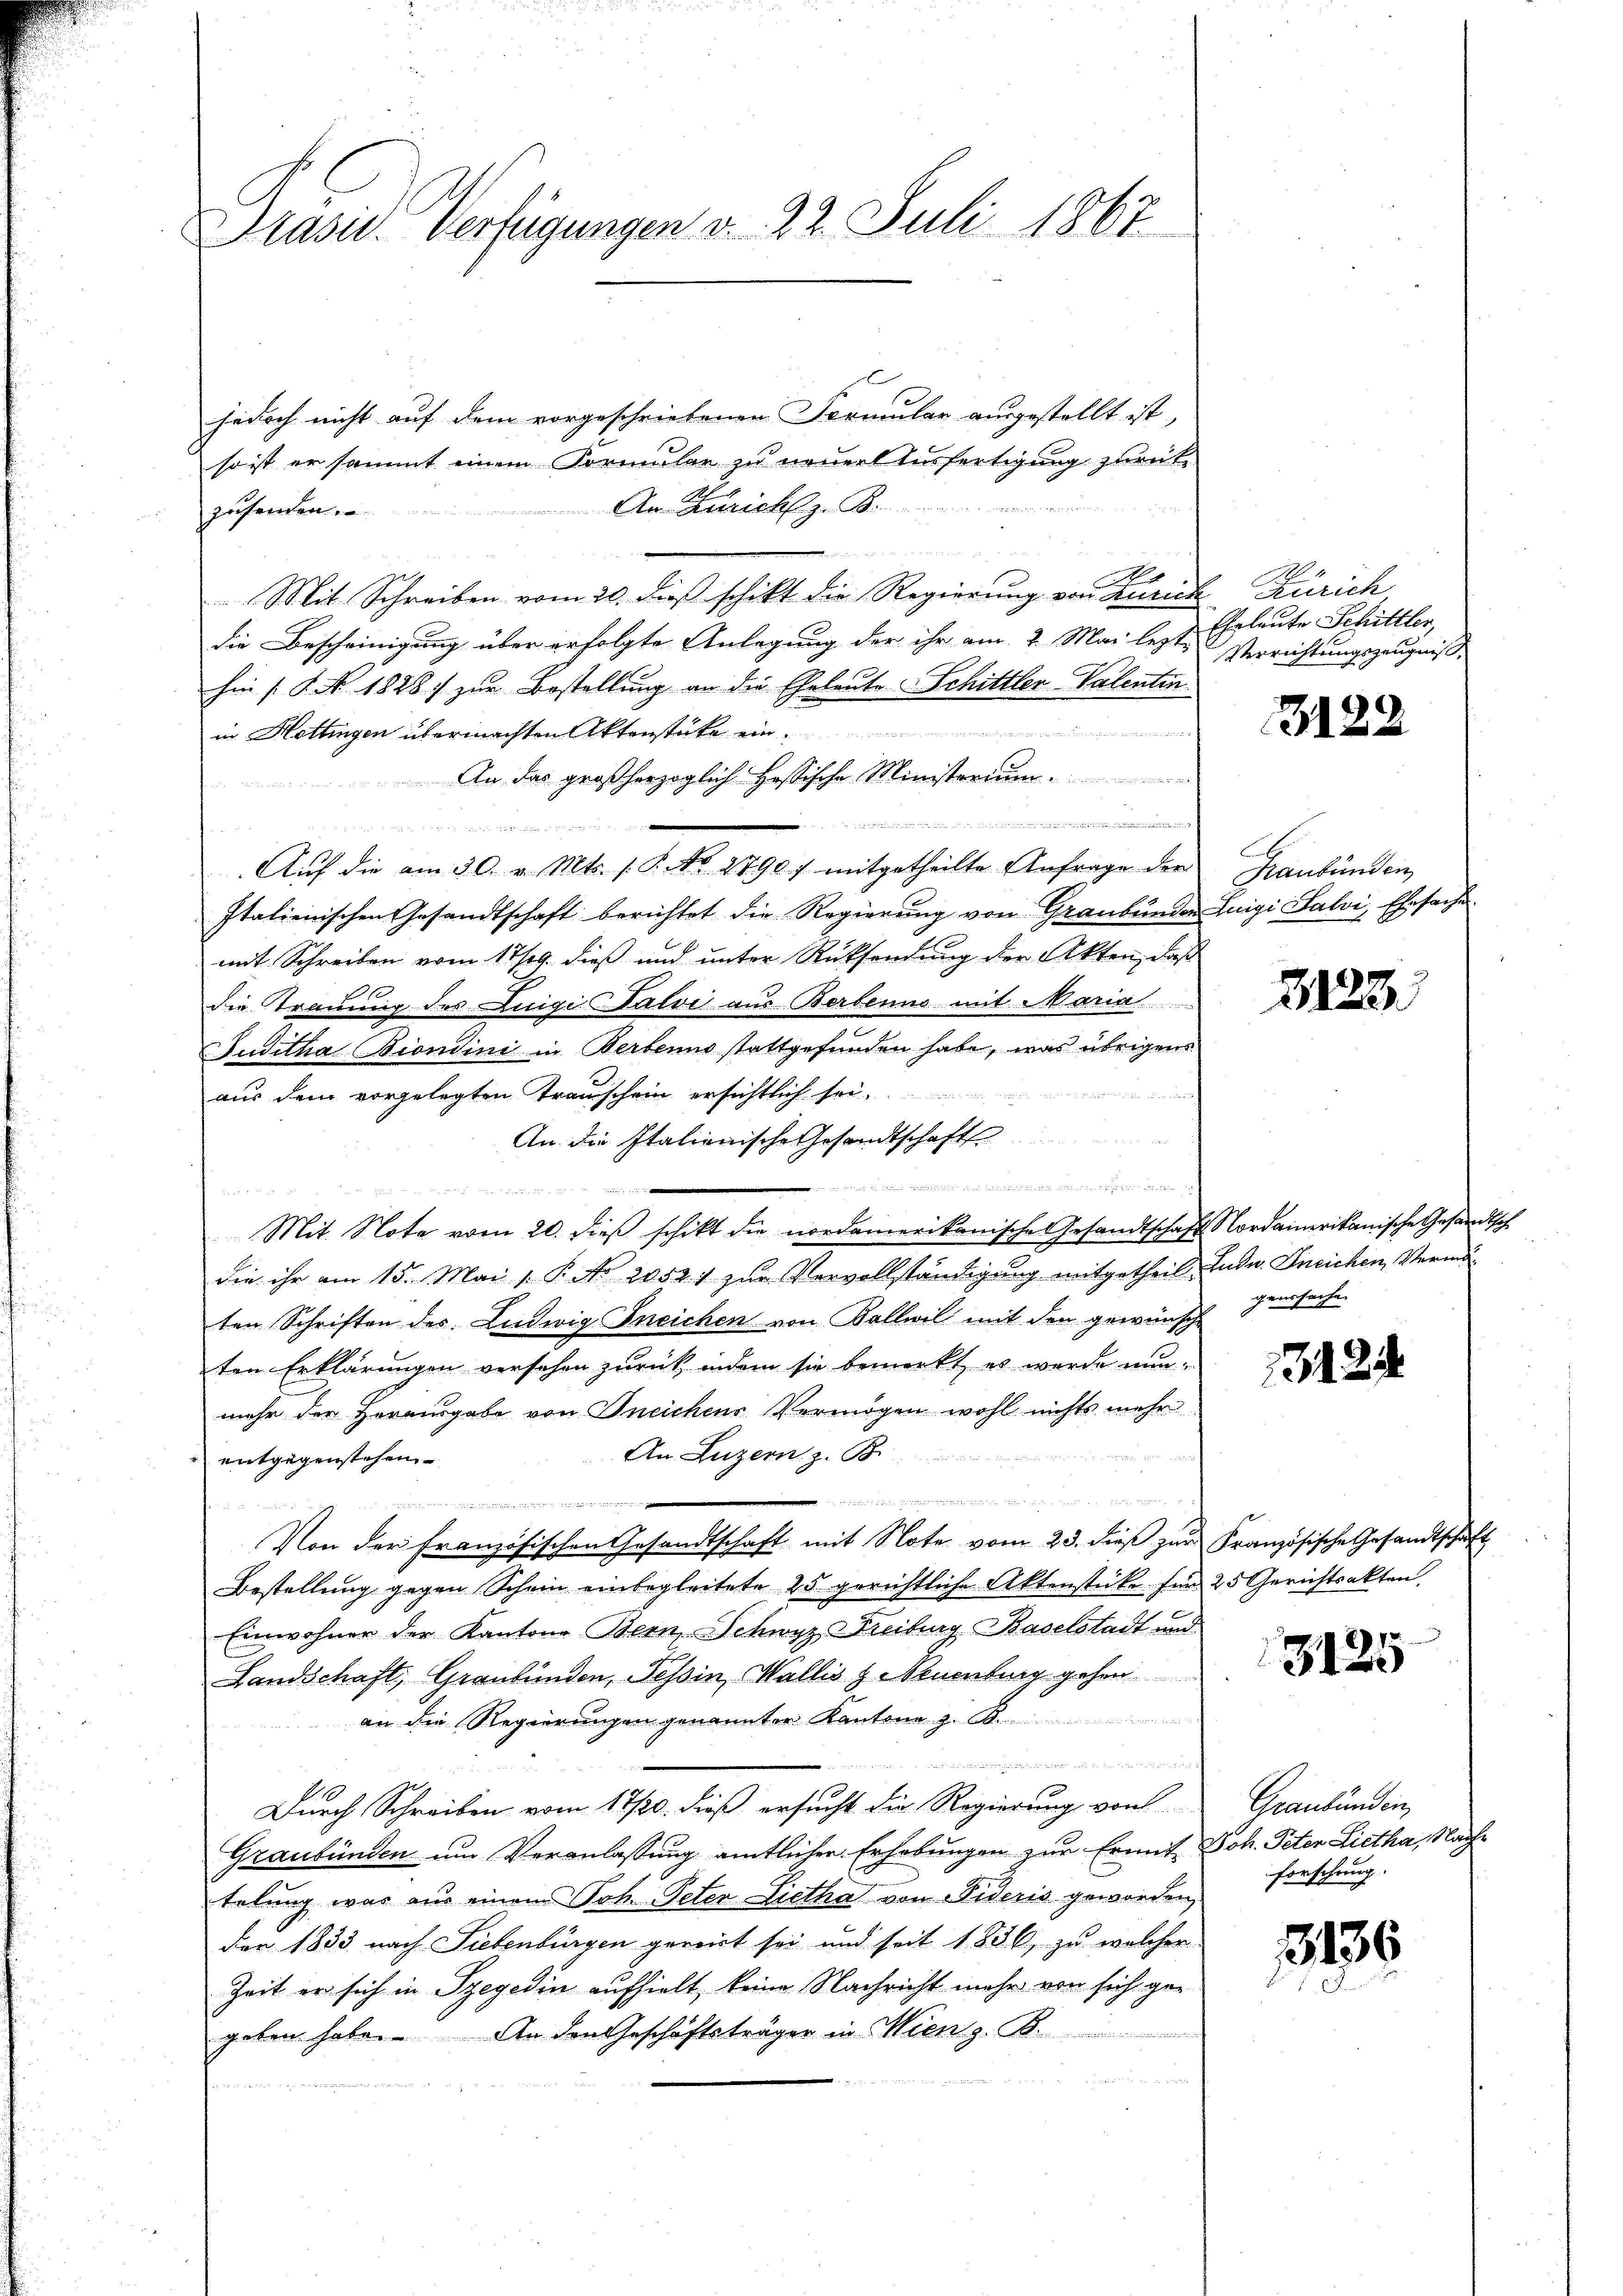
Präsid. Verfügungen v. 22. Juli 1867

l
jedoch nicht auf dem vorgeschriebenen Formular ausgestellt ist,
so ist ersammt einem Formular zu neuert Ausfertigung zurück-
An Zürich z. B.
zusenden.
A
Mit Schreiben vom 20. dieß schikt die Regierung von durch Zürich
die Bescheinigung über erfolgte Anlegung der ihr am 2. Mai lezte Verrichtungszeugniß
hin (§. N. 1828. zur Bestellung an die Eheleute Schittler-Valentin
namen und an der ein des f
in Hottingen übermachten Aktenstücke ein¬
An das großherzoglich Hessische Ministerium
 en den an den des

Italienischen Gesandtschaft berichtet die Regierŭng von Graubünden
mit Schreiben vom 17/19. dieß und unter Rücksendung der Akten, daß
die Trauung des Luigi Dalvi aus Berbenne mit Maria
Juditha Biondini in Berbenno stattgefunden habe, was übrigens
aus dem vorgelegten Traunschein ersichtlich sei.
An die Italionische Gesandtschaft
bnn der auch nichten Willen den Rechte zu

Mit Note vom 20. dieß schikt die nordamerikanische Gesandtschaft Nordamerikanische Gesandtsch
die ihr am 15. Mai v. P. Nr. 20521 zŭr Vervollständigung mitgetheil. Ende. Ineichen, Vermöten Schriften des Ludwig Ineichen von Kallwil mit den gewünsche
ten Erklärungen verschen zurück, indem sie bemerkt, es wurde nunmehr der Herausgabe von Ineichens Vermögen wohl nichts mehr
An Luzern z. B.
entgegenstehen
i

Von der Französischen Gesandtschaft mit Note vom 23. dieß zur Französische Gesandtschaft
Bestellung gegen Schein einbegleitete 25 gerichtliche Aktenstücke sind 25 Gerichtsakten,
Einwohner der Kantone Bern, Schwyz Dreiburg Baselstadt und
Landschaft, Graubünden, Tessin, Wallis & Neuenburg gehen

an die Regierungen genannter Kantona z. B.

Durch Schreiben vom 17/20. dieß ersucht die Regierung von
Graubünden um Veranlassung amtlicher Erhebungen zur Ermit, Joh. Peter Lietha, Nachtelung war aus einem Joh. Peter Lietha von Wideris geworden
For 1833 nach Siebenbürgen gereit sei und seit 1836, zu welcher
Zeit er sich in Szegedin aufhielt, keine Nachricht mehr von sich gegeben habe. An den Geschäftsträger in Mieng.
dat Fische
Sitte hat der
f

Auf die am 30. v. Mts. (T. No. 2790 f mitgetheilte Anfrage der

Ehrleute Schittler,

3122

A
Graubünden
Luigi Salvi, Ehesache

2123

genssache

1124

3125

Graubünden,
forschung.

3136